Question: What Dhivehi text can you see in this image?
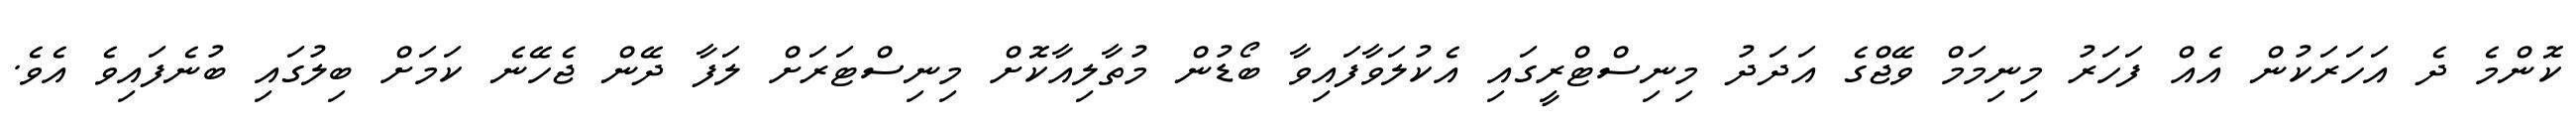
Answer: ކޮންމެ ދެ އަހަރަކުން އެއް ފަހަރު މިނިމަމް ވޭޖްގެ އަދަދު މިނިސްޓްރީގައި އެކުލަވާފައިވާ ބޯޑުން މުތާލިއާކޮށް މިނިސްޓަރަށް ލަފާ ދޭން ޖެހޭނެ ކަމަށް ބިލުގައި ބުނެފައިވެ އެވެ.